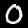
Label: 0